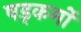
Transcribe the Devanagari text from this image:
षड्कर्मों